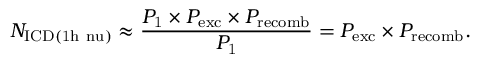
N _ { \mathrm { I C D ( 1 h \ n u ) } } \approx \frac { P _ { \mathrm { 1 } } \times P _ { \mathrm { e x c } } \times P _ { \mathrm { r e c o m b } } } { P _ { \mathrm { 1 } } } = P _ { \mathrm { e x c } } \times P _ { \mathrm { r e c o m b } } .